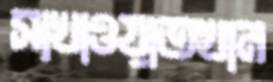
সাখাওয়াতখান